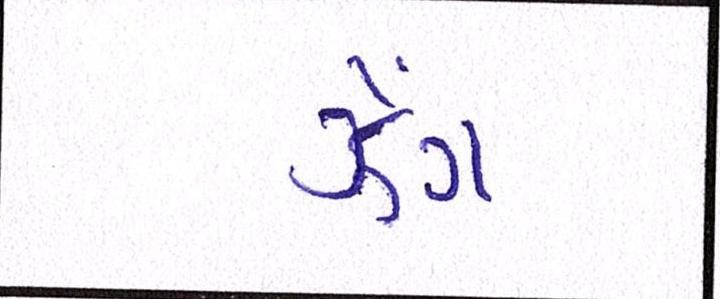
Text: ઝેંગ